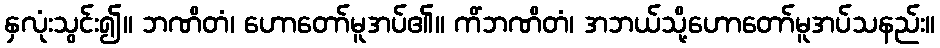
နှလုံးသွင်း၍။ ဘဏိတံ၊ ဟောတော်မူအပ်၏။ ကိံဘဏိတံ၊ အဘယ်သို့ဟောတော်မူအပ်သနည်း။